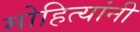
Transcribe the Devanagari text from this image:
मोहित्यांनी